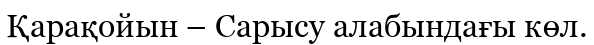
Қарақойын – Сарысу алабындағы көл.